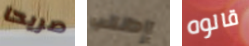
صريحا إطلب قالوه